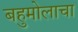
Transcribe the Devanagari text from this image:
बहुमोलाचा